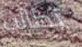
يطالب